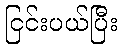
ငြင်းပယ်ပြီး